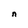
Character: n